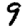
Digit: 9